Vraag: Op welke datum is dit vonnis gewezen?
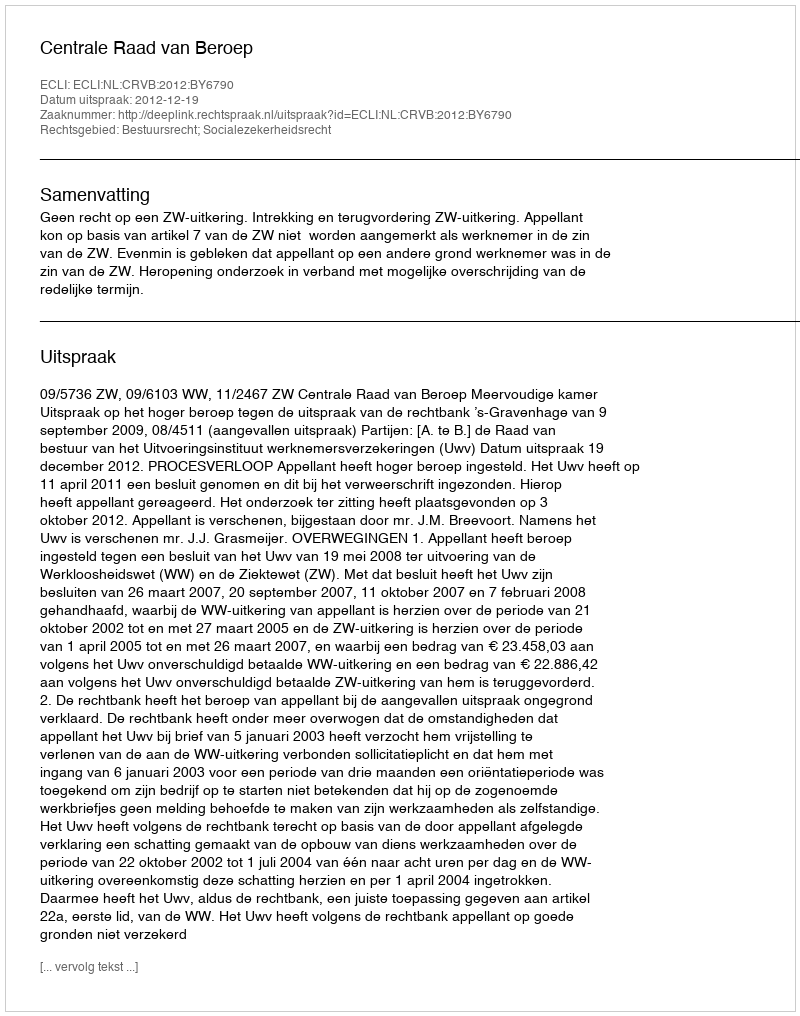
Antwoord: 2012-12-19